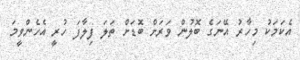
އެކަމަކު މިހާރު އޭނަގެ ބޮލުން ވަރަށް ބޮޑަށް ތަލަ ފިލާފަ ހުރީ އެހެންވީމަ